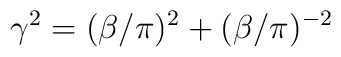
\gamma^{2} = (\beta/ \pi)^{2}+ (\beta / \pi)^{-2}